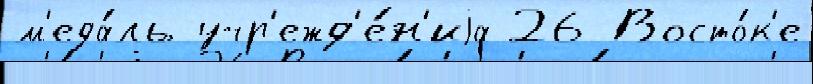
м'еда́ль учр'ежд'е́н'иjа 26 Восто́к'е